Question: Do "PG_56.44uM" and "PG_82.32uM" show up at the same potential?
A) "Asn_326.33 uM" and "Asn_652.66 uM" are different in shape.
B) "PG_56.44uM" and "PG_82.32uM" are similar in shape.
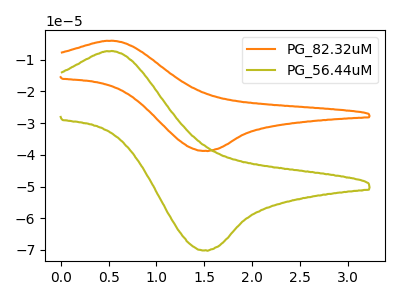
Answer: <think>The orange curve "PG_82.32uM" has an anodic peak at (0.50V, -4.05uA) and a cathodic peak at (1.50V, -38.75uA). The olive curve "PG_56.44uM" has an anodic peak at (0.50V, -7.30uA) and a cathodic peak at (1.50V, -70.10uA).
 All the peaks in "PG_56.44uM" have a peak in "PG_82.32uM" at the same potential.</think>
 <answer>B) "PG_56.44uM" and "PG_82.32uM" are similar in shape.</answer>
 <eval>B</eval>